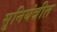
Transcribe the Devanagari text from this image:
सुनियंत्रीत